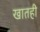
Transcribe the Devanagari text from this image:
खातही